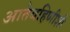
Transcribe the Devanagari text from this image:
आतेबहिणीशी